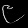
Digit: ၉